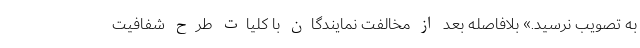
به تصویب نرسید.» بلافاصله بعد از مخالفت نمایندگان با کلیات طرح شفافیت